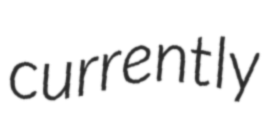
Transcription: currently